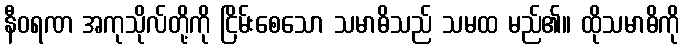
နီဝရဏ အကုသိုလ်တို့ကို ငြိမ်းစေသော သမာဓိသည် သမထ မည်၏။ ထိုသမာဓိကို